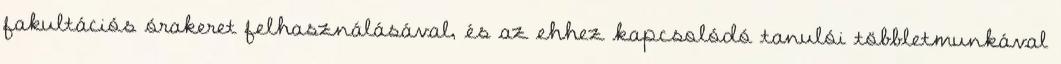
fakultációs órakeret felhasználásával, és az ehhez kapcsolódó tanulói többletmunkával